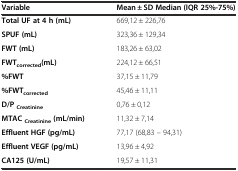
<table><thead><tr><td><b>Variable</b></td><td><b>Mean ± SD Median (IQR 25%-75%)</b></td></tr></thead><tbody><tr><td><b>Total UF at 4 h (mL)</b></td><td>669,12 ± 226,76</td></tr><tr><td><b>SPUF (mL)</b></td><td>323,36 ± 129,34</td></tr><tr><td><b>FWT (mL)</b></td><td>183,26 ± 63,02</td></tr><tr><td><b>FWT</b><sub><b>corrected</b></sub><b>(mL)</b></td><td>224,12 ± 66,51</td></tr><tr><td><b>%FWT</b></td><td>37,15 ± 11,79</td></tr><tr><td><b>%FWT</b><sub><b>corrected</b></sub></td><td>45,46 ± 11,11</td></tr><tr><td><b>D/P</b><sub><b>Creatinine</b></sub></td><td>0,76 ± 0,12</td></tr><tr><td><b>MTAC</b><sub><b>Creatinine</b></sub><b>(mL/min)</b></td><td>11,32 ± 7,14</td></tr><tr><td><b>Effluent HGF (pg/mL)</b></td><td>77,17 (68,83 – 94,31)</td></tr><tr><td><b>Effluent VEGF (pg/mL)</b></td><td>13,96 ± 4,92</td></tr><tr><td><b>CA125 (U/mL)</b></td><td>19,57 ± 11,31</td></tr></tbody></table>